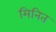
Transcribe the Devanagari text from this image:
मिनित